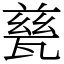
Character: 甆